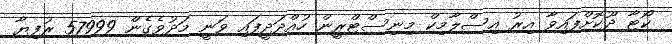
ކޯޓާ ދޫކޮށްފައިވާ އިރު އިސްލާމިކް މިނިސްޓްރީން ހުއްދަދީފައި ވަނީ މަދުވެގެން 57999 ރުފިޔާ